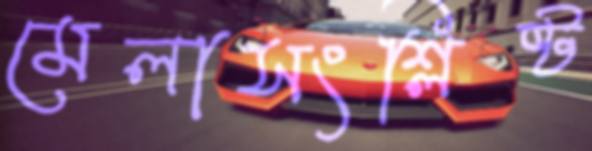
মেলাসংশ্লিষ্ট